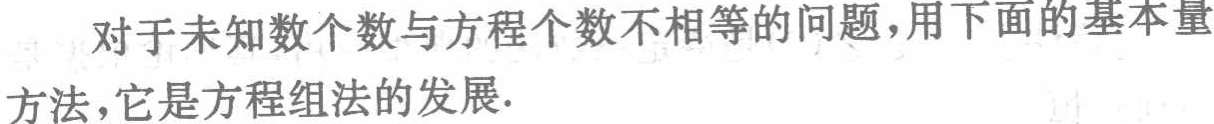
对于未知数个数与方程个数不相等的问题，用下面的基本量方法，它是方程组法的发展.